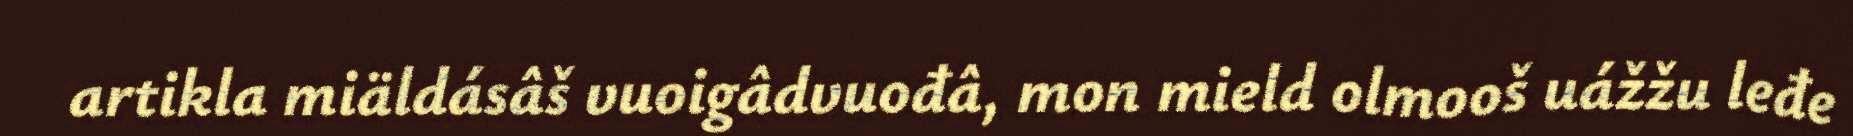
artikla miäldásâš vuoigâdvuođâ, mon mield olmooš uážžu leđe